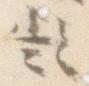
疑